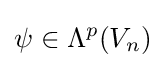
\psi \in \Lambda ^{p}(V_{n})